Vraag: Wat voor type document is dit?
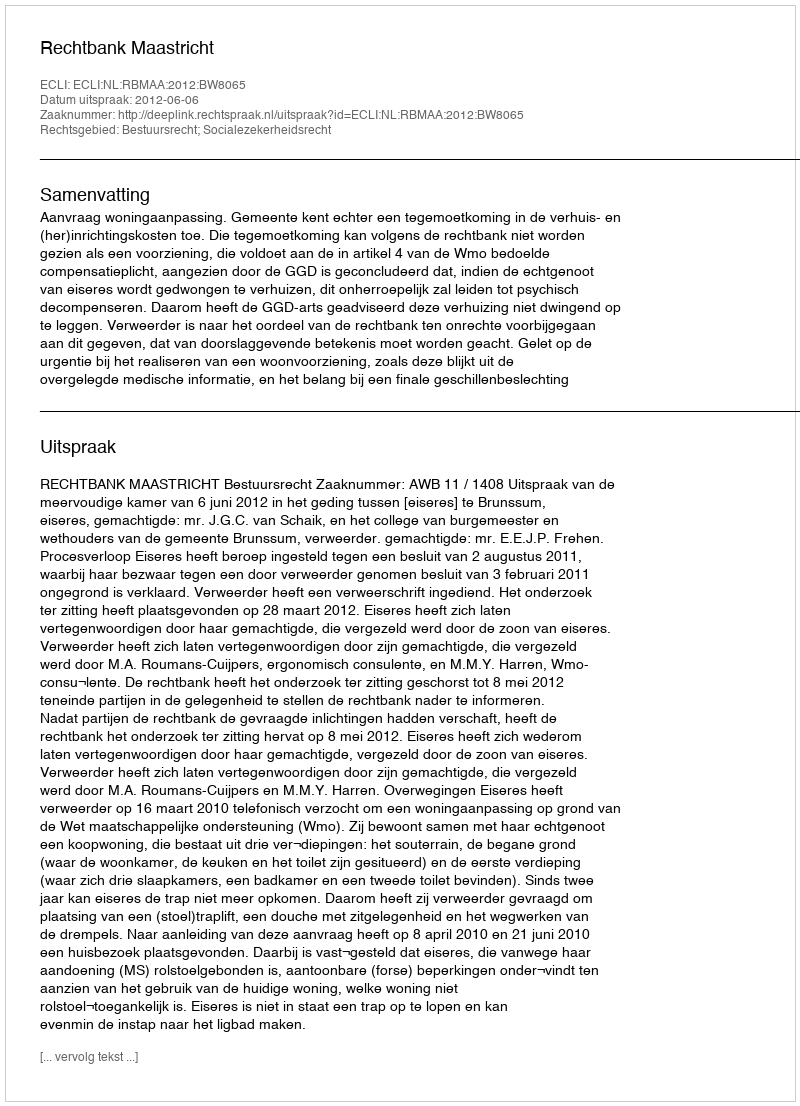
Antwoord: Uitspraak